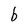
Character: b